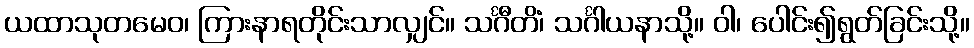
ယထာသုတမေဝ၊ ကြားနာရတိုင်းသာလျှင်။ သင်္ဂီတိံ၊ သင်္ဂါယနာသို့။ ဝါ၊ ပေါင်း၍ရွတ်ခြင်းသို့။